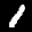
Label: 1